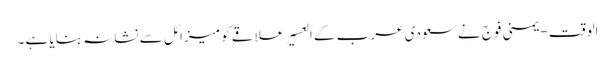
الوقت - یمنی فوج نے سعودی عرب کے العسیر علاقے کو میزائل سے نشانہ بنایا ہے۔